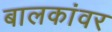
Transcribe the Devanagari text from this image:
बालकांवर